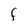
Character: f